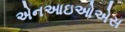
એનઆઇઓએસ